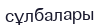
сұлбалары